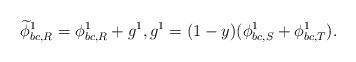
LaTeX: \begin{align*}\widetilde{\phi}_{bc,R}^1=\phi_{bc,R}^1+g^1,g^1=(1-y) (\phi^1_{bc,S}+\phi^1_{bc,T}).\end{align*}